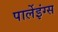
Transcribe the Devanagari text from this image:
पार्लेइंग्स